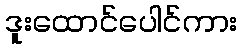
ဒူးထောင်ပေါင်ကား